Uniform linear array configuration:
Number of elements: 12
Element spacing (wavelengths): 0.75
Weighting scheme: binomial
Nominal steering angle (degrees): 0
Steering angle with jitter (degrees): -1.277
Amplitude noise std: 0.05
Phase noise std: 0.05

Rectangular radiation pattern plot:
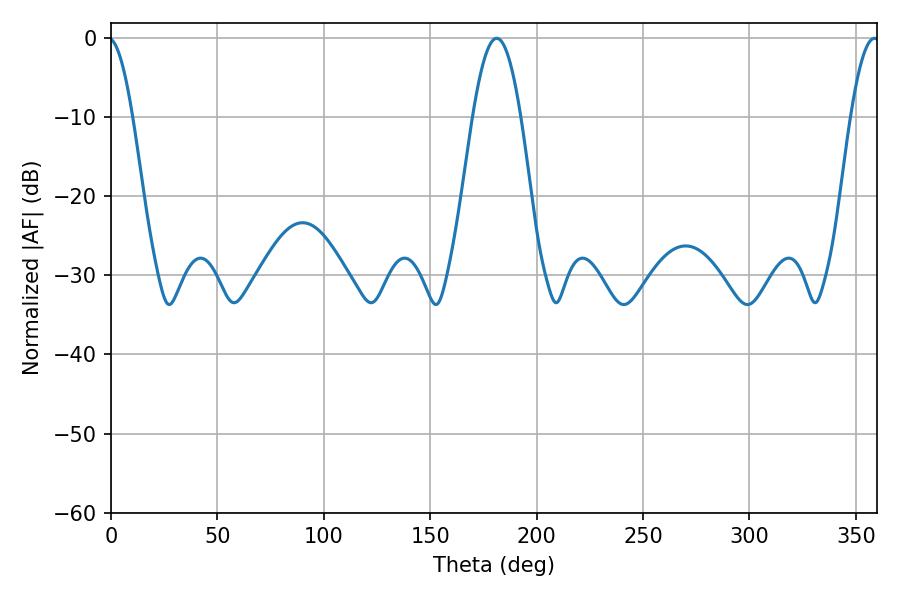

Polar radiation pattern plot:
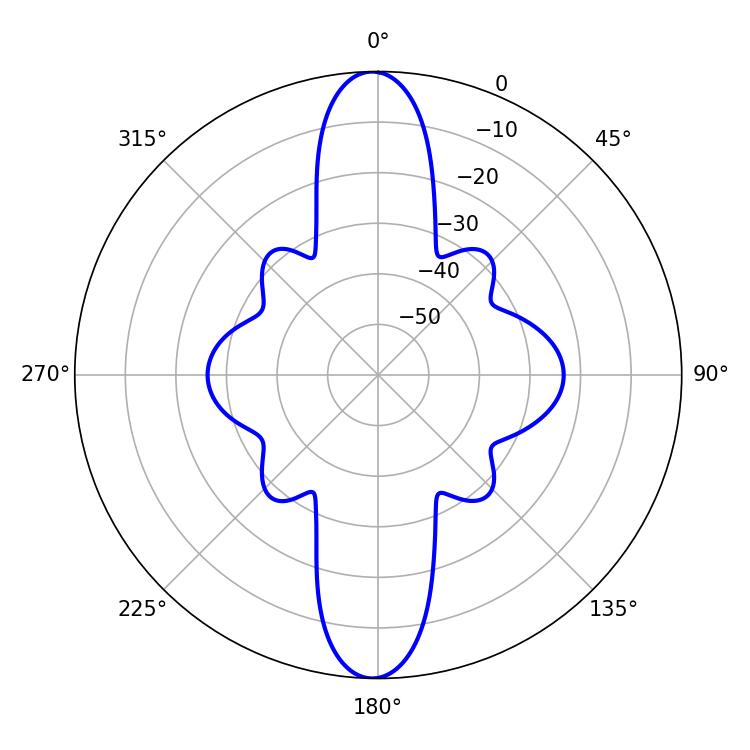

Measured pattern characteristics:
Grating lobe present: TRUE
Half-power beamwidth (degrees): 12.24
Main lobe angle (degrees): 181.26